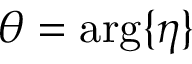
\theta = \arg \{ \eta \}